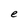
Character: e